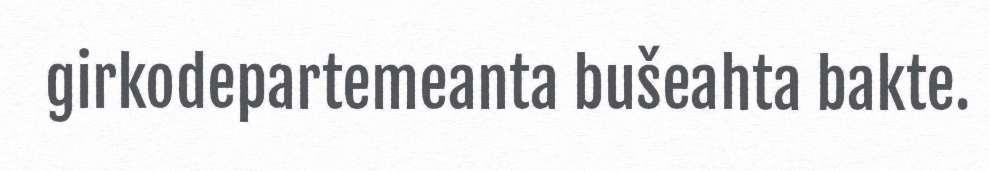
girkodepartemeanta bušeahta bakte.